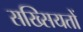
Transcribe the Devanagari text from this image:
सख्सियतों